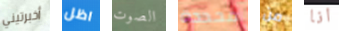
أخبرتيني اظل الصوت محددة من انا